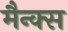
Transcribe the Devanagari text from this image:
मैन्क्स